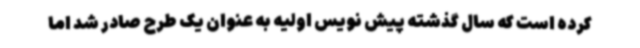
کرده است که سال گذشته پیش نویس اولیه به عنوان یک طرح صادر شد اما